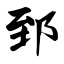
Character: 郅